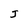
Character: J